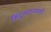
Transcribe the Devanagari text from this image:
हिंदुस्तानातही